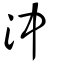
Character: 沖